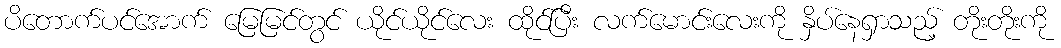
ပိတောက်ပင်အောက် မြေမြင်တွင် ယိုင်ယိုင်လေး ထိုင်ပြီး လက်မောင်းလေးကို နှိပ်နေရှာသည့် တိုးတိုးကို